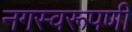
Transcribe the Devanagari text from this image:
नगस्वरूपणी